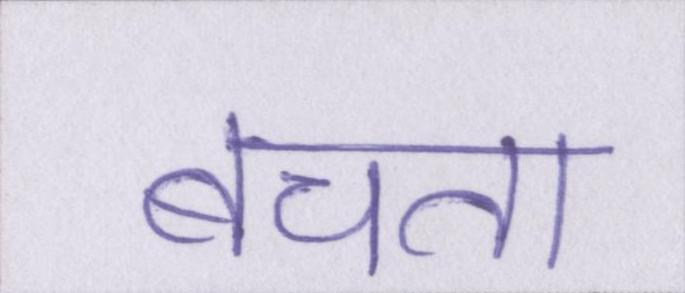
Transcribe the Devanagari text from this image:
बचता